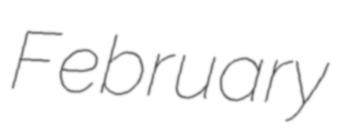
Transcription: February